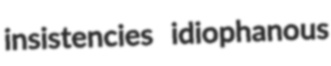
insistencies idiophanous